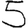
Digit: 5